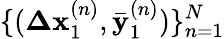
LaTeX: \{ ({\mathbf{\Delta x}_{1}^{(n)},\mathbf{\bar{y}}_{1}^{(n)}})\} _{n=1}^{N}